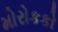
મોરોકકો